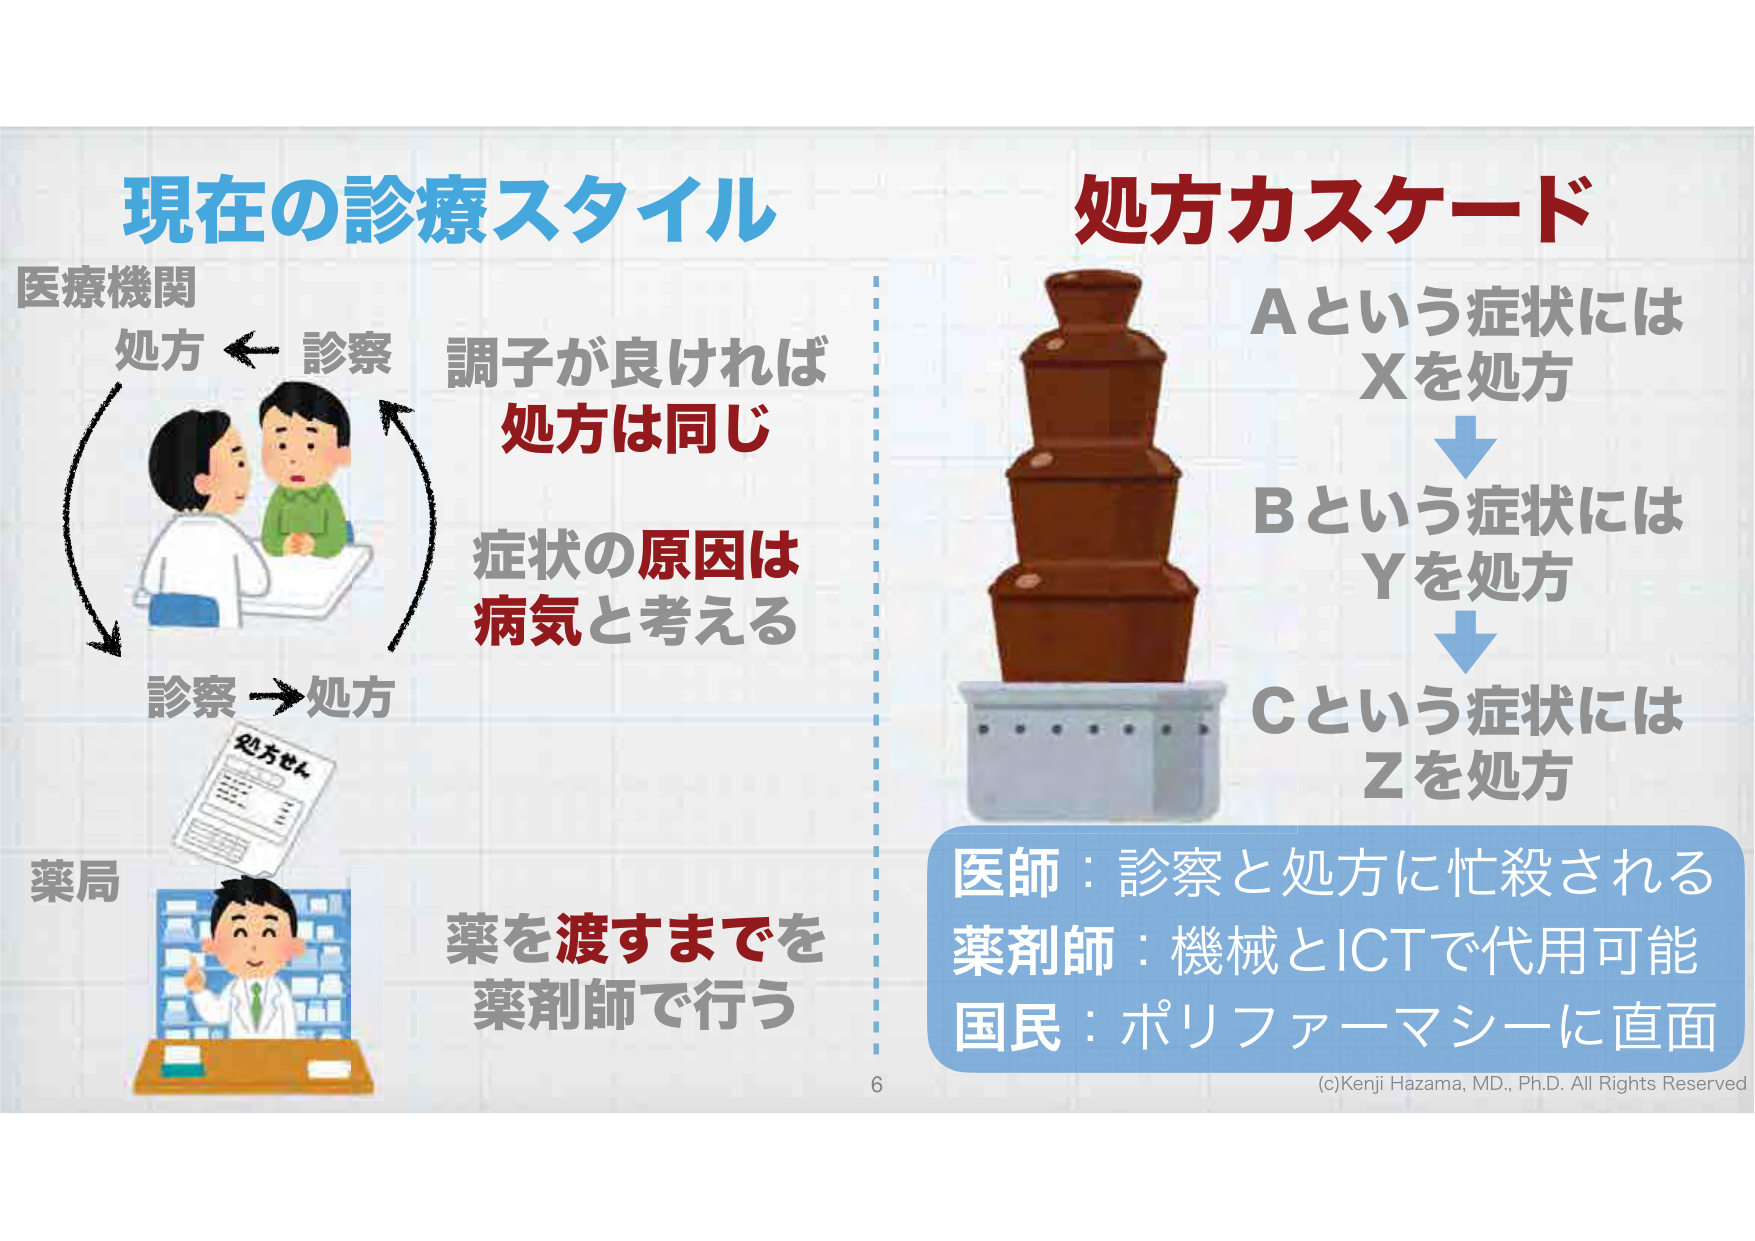
現在の診療スタイル
医療機関
処方 ← 診察
調子が良ければ
処方は同じ
症状の原因は
病気と考える
診察 → 処方
薬局
処方せん
薬を渡すまでを
薬剤師で行う

処方カスケード
Aという症状には
Xを処方
↓
Bという症状には
Yを処方
↓
Cという症状には
Zを処方

医師：診察と処方に忙殺される
薬剤師：機械とICTで代用可能
国民：ポリファーマシーに直面

(c)Kenji Hazama, MD., Ph.D. All Rights Reserved
6